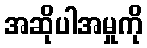
အဆိုပါအမှုကို